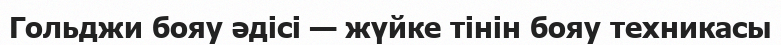
Гольджи бояу әдісі — жүйке тінін бояу техникасы